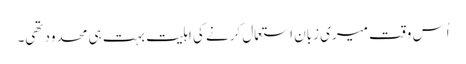
اُس وقت میری زبان استعمال کرنے کی اہلیت بہت ہی محدود تھی۔